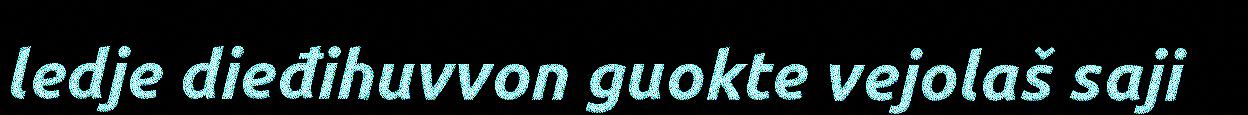
ledje dieđihuvvon guokte vejolaš saji